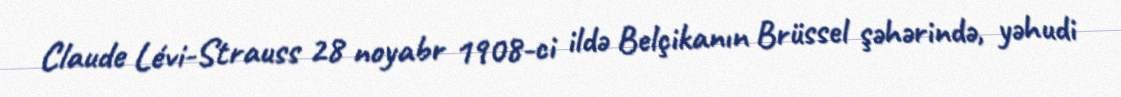
Claude Lévi-Strauss 28 noyabr 1908-ci ildə Belçikanın Brüssel şəhərində, yəhudi